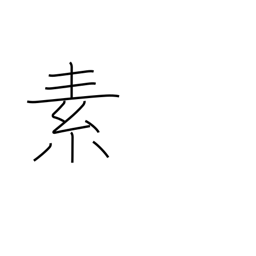
Meaning: principle